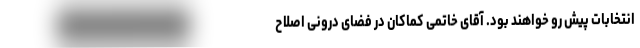
انتخابات پیش رو خواهند بود. آقای خاتمی کماکان در فضای درونی اصلاح